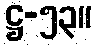
ဋ္ဌ-၅၃။